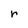
Character: r